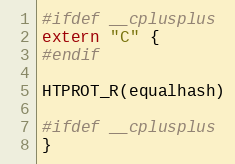
Language: C
#ifdef __cplusplus
extern "C" {
#endif

HTPROT_R(equalhash)

#ifdef __cplusplus
}